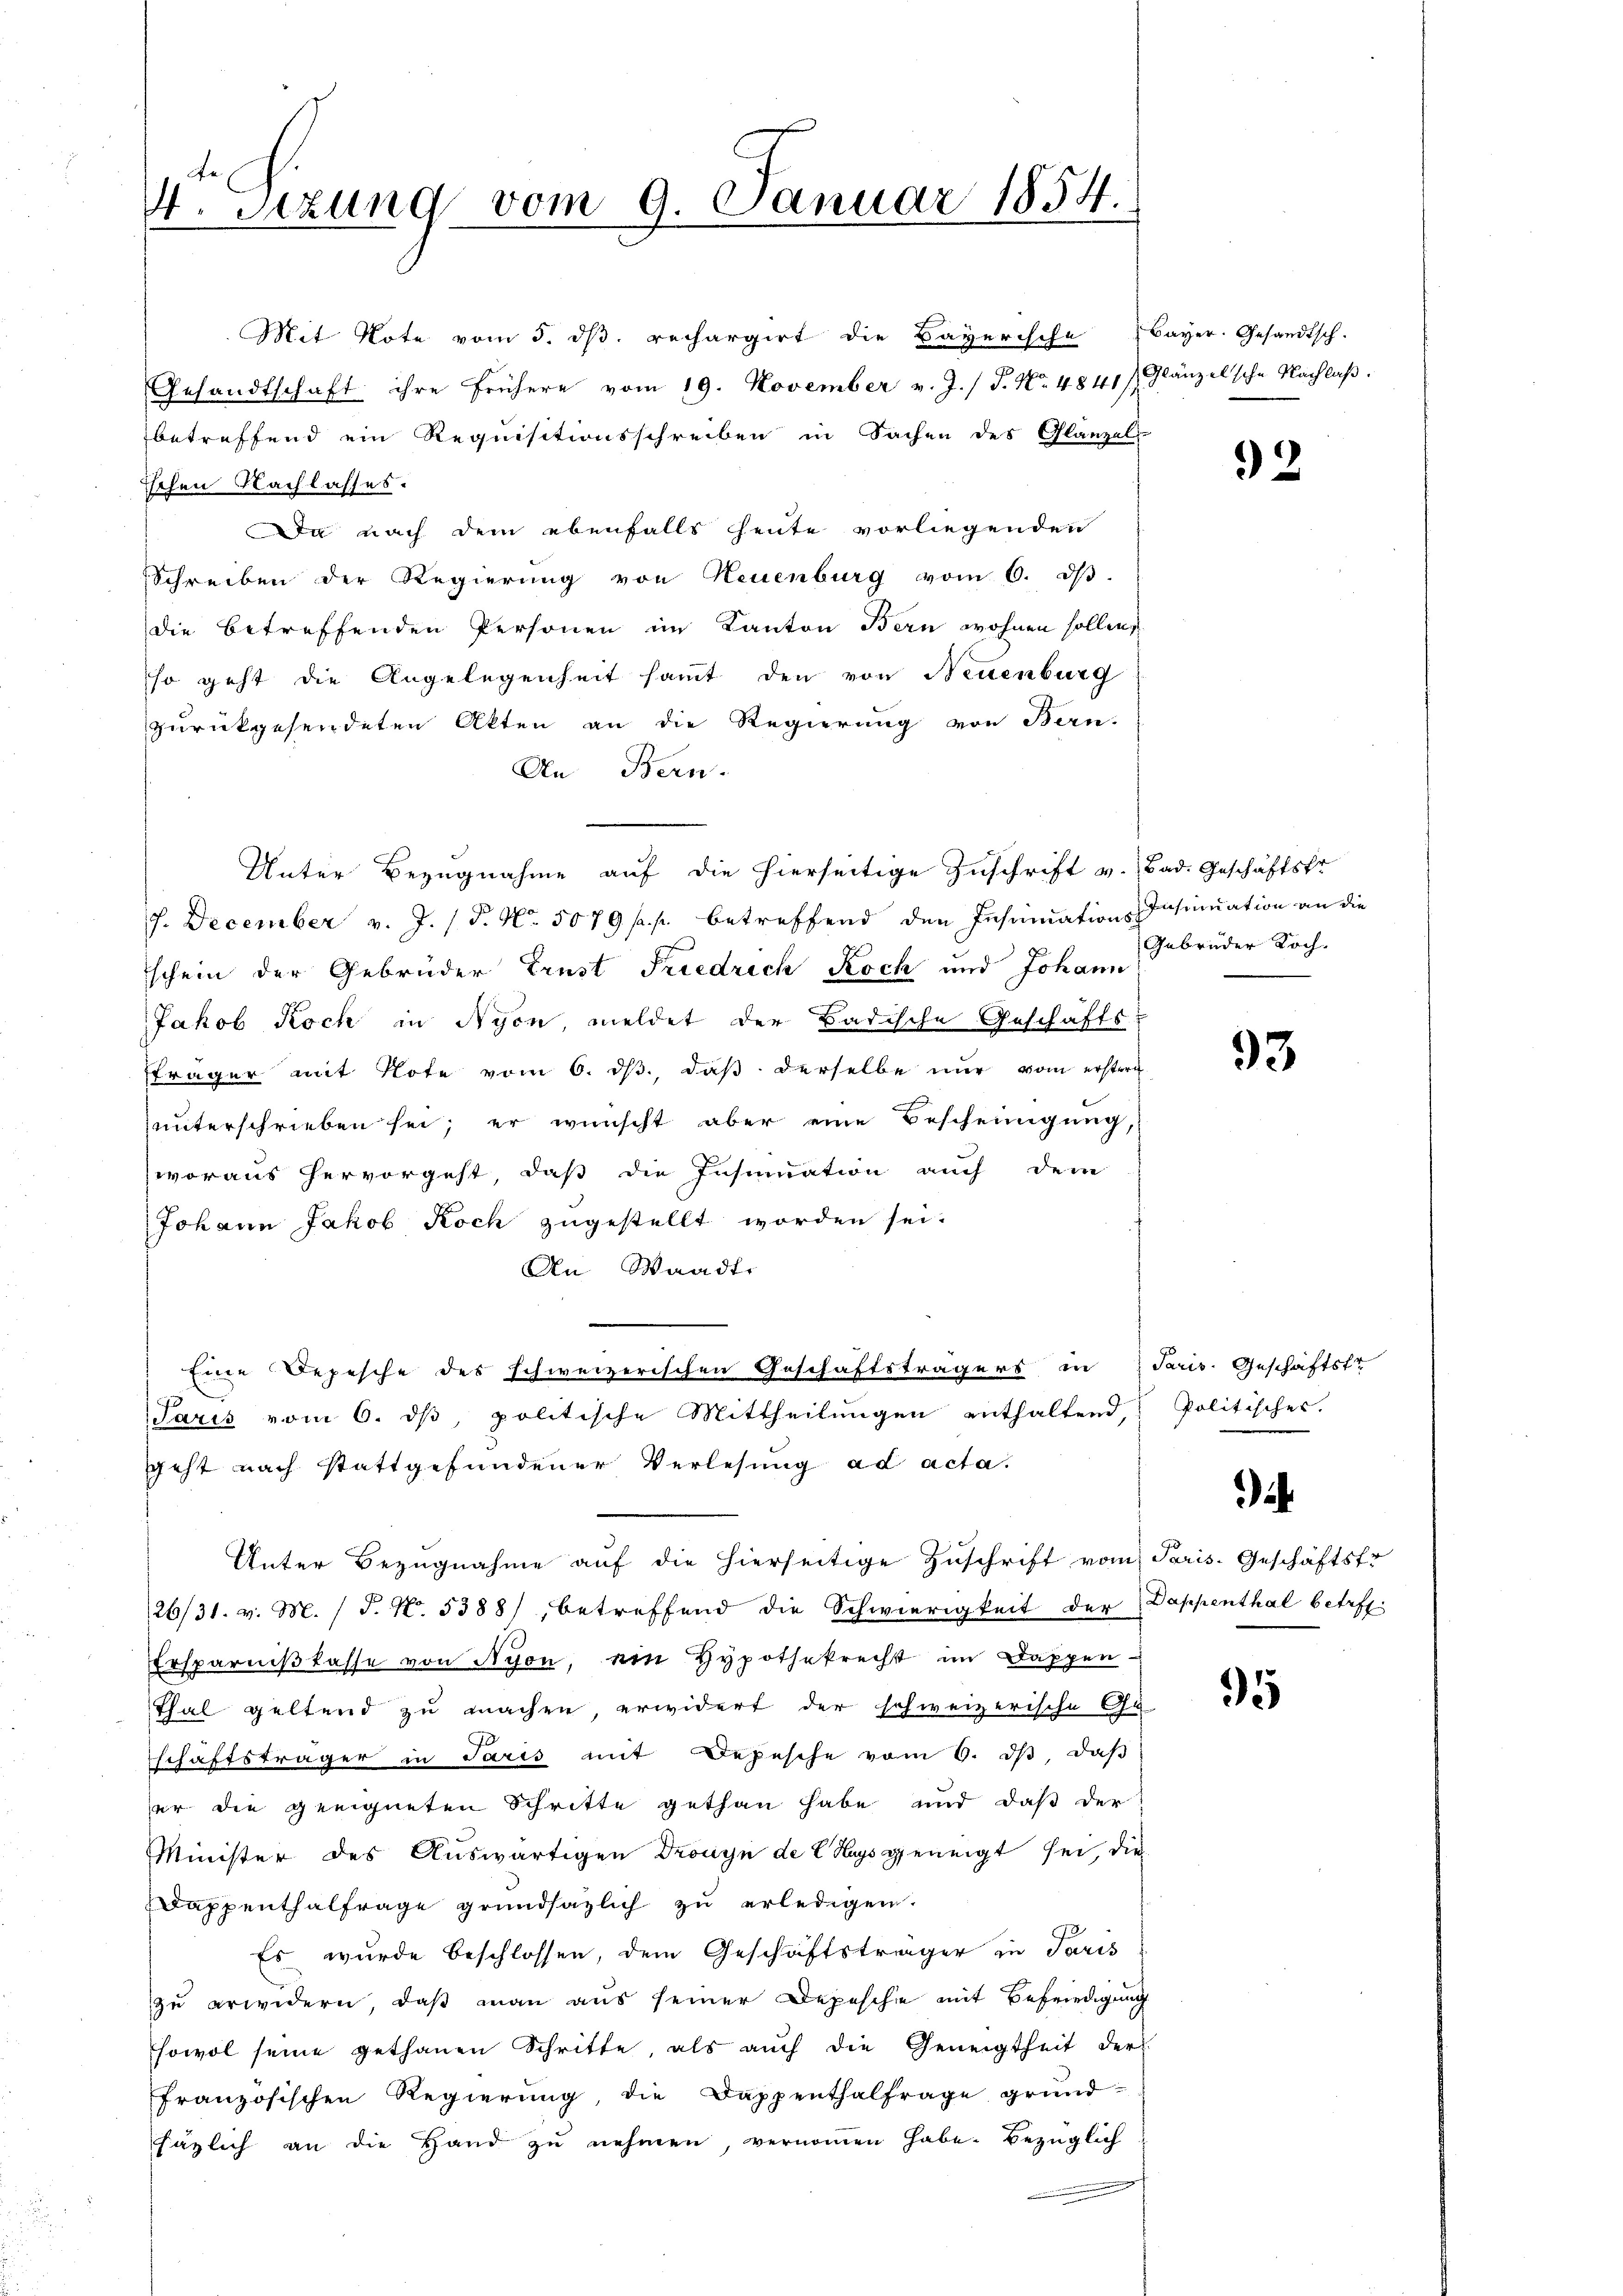
4. Sizung vom 9. Januar 1854.

Mit Note vom 5. dβ. rechargirt die Bayerische Bayer. Gesandtsch.
Gesandtschaft ihre frühere vom 19. November v. J. J. No 4841 f. Ganzelsche Nachlaβ.
betreffend ein Requisitionsschreiben in Sachen des Glanzel-
ischen Nachlasses.
Da nach dem ebenfalls heute vorliegenden
Schreiben der Regierung von Neuenburg vom 6. dβ.
die betreffenden Personen im Kanton Bern wohnen sollen
so geht die Angelegenheit samt den von Neuenburg
zurückgesendeten Akten an die Regierung von Bern-
An Bern.
Unter Bezugnahme auf die hierseitige Zuschrift v. Bad. Geschäftsfr.
J. December v. J. (T. N. 5079 ff. betreffend den Insinuations-Insinuation an die
schein der Gebrüder Erust Friedrich Koch und Johann
Jakob Koch in Nyon, meldet der Badische Geschäfts-
fräger mit Note vom 6. ds., daß derselbe nur vom erstern
unterschrieben sei; er wünscht aber eine Bescheinigung,
woraus hervorgeht, daß die Insinuation auch dem
Johann Jakob Koch zugestellt worden sei.
An Waadt.
e
Eine Depesche des schweizerischen Geschäftsträgers in Paris. Geschäftstr
Paris vom 6. ds, politische Mittheilungen enthaltend, Politischer.
geht nach stattgefundener Verlesung ad acta.
Unter Bezugnahme auf die hierseitige Zuschrift vom Paris Geschäftsfr
126/31. v. M. (T. N. 5388), betreffend die Schwierigkeit der Dappenthal betref¬
Ersparniβkasse von Nyon, ein Hypothekrecht im Dappen-
Thal geltend zu machen, erwidert der schweizerische Ge-
schäftsträger in Paris mit Depesche vom 6. dβ daβ
er die geeigneten Schritte gethan habe und daß der
Minister des Auswärtigen Dronyn de legs geneigt sei, die
Dappenthalfrage grundsazlich zu erledigen.
Es wurde beschlossen, dem Geschäftsträger in Paris
zu erwidern, daß man aus seiner Depeschie mit Befriedigung
sowol seine gethanen Schritte, als auch die Geneigtheit der
französischen Regierŭng, die Dappenthalfrage grund-
säglich an die Hand zu nehmen, vernommen habe. Bezüglich

92

Gebrüder Koch.

93

.

95